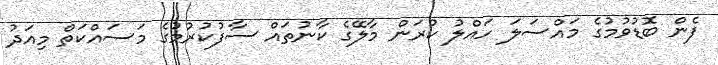
ފެން ބޮޑުވުމުގެ މައްސަލަ ހައްލު ކުރަން މާލޭގެ ކާނުތައް ސާފުކުރުމުގެ މަސައްކަތް މިއަދު